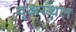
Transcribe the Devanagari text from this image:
वृक्षस्थल